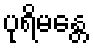
ပုရိမန္တေ